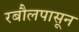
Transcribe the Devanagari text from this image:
रबौलपासून